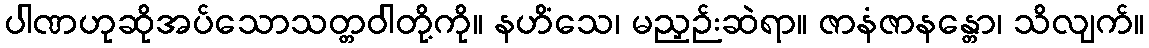
ပါဏဟုဆိုအပ်သောသတ္တဝါတို့ကို။ နဟိံသေ၊ မညှဉ်းဆဲရာ။ ဇာနံဇာနန္တော၊ သိလျက်။